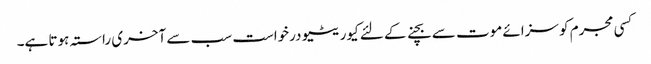
کسی مجرم کو سزائے موت سے بچنے کے لئے کیوریٹیو درخواست سب سے آخری راستہ ہوتا ہے۔